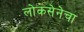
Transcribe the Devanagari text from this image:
लोकसेनेचा